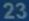
23